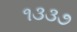
૧૩૩૭